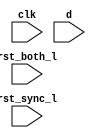
module sub1_2 (
   clk, rst_both_l, rst_sync_l, d
   );
   input clk;
   input rst_both_l;
   input rst_sync_l;
   input d;
   reg q1;
   reg q2;
   always @(posedge clk) begin
      if (~rst_sync_l) begin
         q1 <= 1'h0;
      end else begin
         q1 <= d;
      end
   end
   always @(posedge clk) begin
      q2 <= (rst_both_l) ? d : 1'b0;
      if (0 && q1 && q2) ;
   end
endmodule